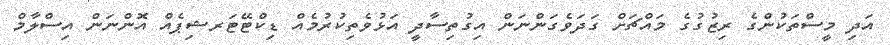
އަދި މީސްތަކުންގެ ރިޒުގުގެ މައްޗަށް ގަދަވެގަންނަން އިގުތިސާދީ އަޅުވެތިކުރުމެއް ޑިކްޓޭޓަރޝިޕެއް އޮންނަން އިސްލާމް